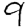
Digit: 9